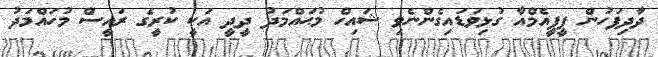
ދާދިފަހުން ޕީޕީއެމްއާ ގުޅިވަޑައިގެންނެވި ޝައިހް މުޙައްމަދު ދީދީ އަކީ ކުރީގެ ރައީސް މުހައްމަދު